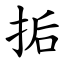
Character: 㧨